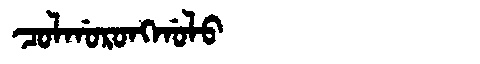
Manchu: ᠴᠣᠯᡤᠣᡵᠣᠩᡤᠣᠯᠣ
Romanization: COLGORONGGOLO